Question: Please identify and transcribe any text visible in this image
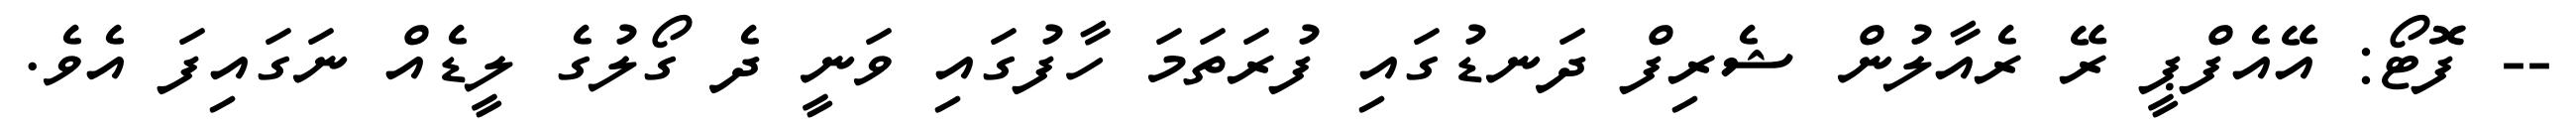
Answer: -- ފޮޓޯ: އޭއެފްޕީ ރޭ ރެއާލުން ޝެރިފް ދަނޑުގައި ފުރަތަމަ ހާފުގައި ވަނީ ދެ ގޯލުގެ ލީޑެއް ނަގައިފަ އެވެ.